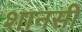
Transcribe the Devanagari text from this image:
शानसी